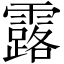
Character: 露